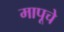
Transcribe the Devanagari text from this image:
मापूचे